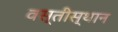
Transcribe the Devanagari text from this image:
वस्तीस्थान